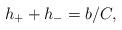
LaTeX: \begin{align*} h_{+}+h_{-} =b/C,\end{align*}